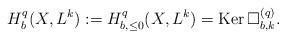
LaTeX: \begin{align*} H_b^q(X,L^k):=H^q_{b,\leq0}(X,L^k)={\rm Ker\,}\Box^{(q)}_{b,k}.\end{align*}